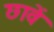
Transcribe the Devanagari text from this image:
छावें